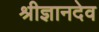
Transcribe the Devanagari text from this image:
श्रीज्ञानदेव